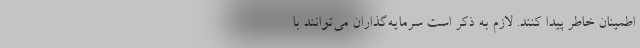
اطمینان خاطر پیدا کنند. لازم به ذکر است سرمایه‌گذاران می‌توانند با